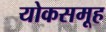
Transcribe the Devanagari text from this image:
योकसमूह